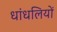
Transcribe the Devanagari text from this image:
धांधलियों